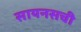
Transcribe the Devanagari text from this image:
सायनसची